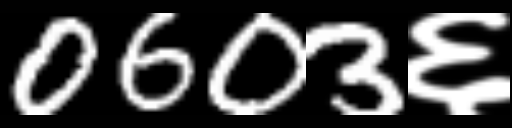
Text: 0603६